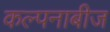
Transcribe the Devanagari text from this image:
कल्पनाबीज